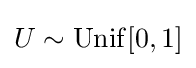
U\sim \mathrm {Unif} [0,1]